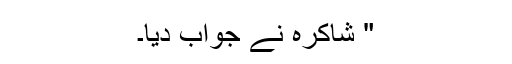
" شاکرہ نے جواب دیا۔